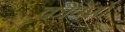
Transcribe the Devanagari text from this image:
कोंवेंशों